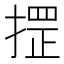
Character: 𢱫